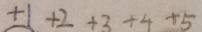
+ 1 + 2 + 3 + 4 + 5